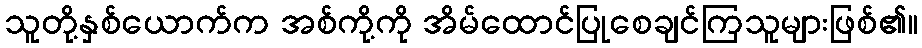
သူတို့နှစ်ယောက်က အစ်ကို့ကို အိမ်ထောင်ပြုစေချင်ကြသူများဖြစ်၏။